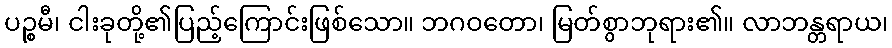
ပဉ္စမီ၊ ငါးခုတို့၏ပြည့်ကြောင်းဖြစ်သော။ ဘဂဝတော၊ မြတ်စွာဘုရား၏။ လာဘန္တရာယ၊